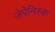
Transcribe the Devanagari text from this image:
जेपेनिस्क